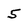
Character: 5